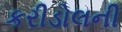
કરીડોલની